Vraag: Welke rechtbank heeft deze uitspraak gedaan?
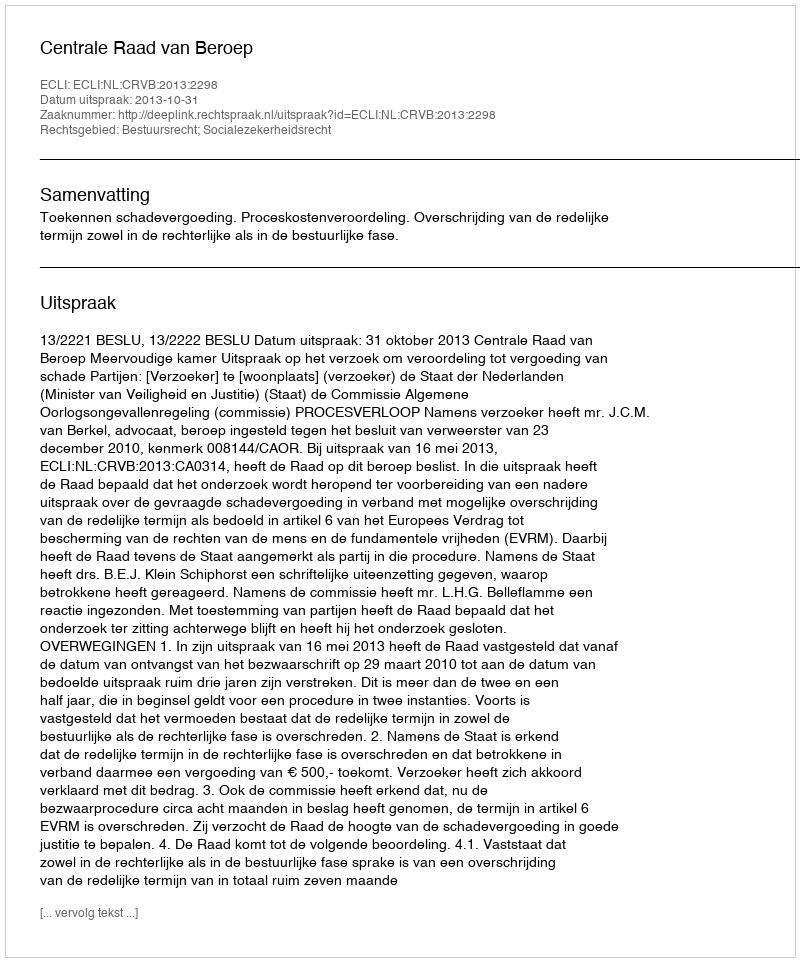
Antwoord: Centrale Raad van Beroep